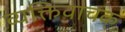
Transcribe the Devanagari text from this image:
व्यक्तिवाचक्